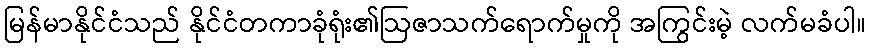
မြန်မာနိုင်ငံသည် နိုင်ငံတကာခုံရုံး၏ဩဇာသက်ရောက်မှုကို အကြွင်းမဲ့ လက်မခံပါ။